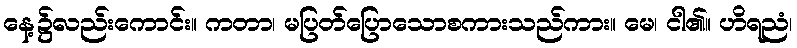
နေ့၌လည်းကောင်း။ ကတာ၊ မပြတ်ပြောသောစကားသည်ကား။ မေ၊ ငါ၏။ ဟိရညံ၊